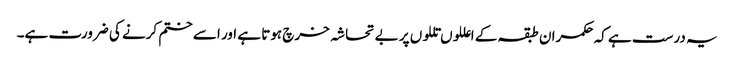
یہ درست ہے کہ حکمران طبقہ کے اعللوں تللوں پر بے تحاشہ خرچ ہوتا ہے اور اسے ختم کرنے کی ضرورت ہے۔